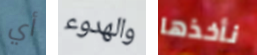
أي والهدوء نأخذها